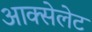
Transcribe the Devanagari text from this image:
आक्सेलेट